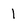
Character: 1